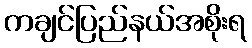
ကချင်ပြည်နယ်အစိုးရ